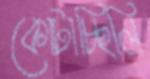
কোটাচ্ছিলি